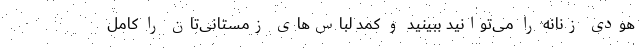
هودی زنانه را می‌توانید ببینید و کمد لباس‌های زمستانی‌تان را کامل